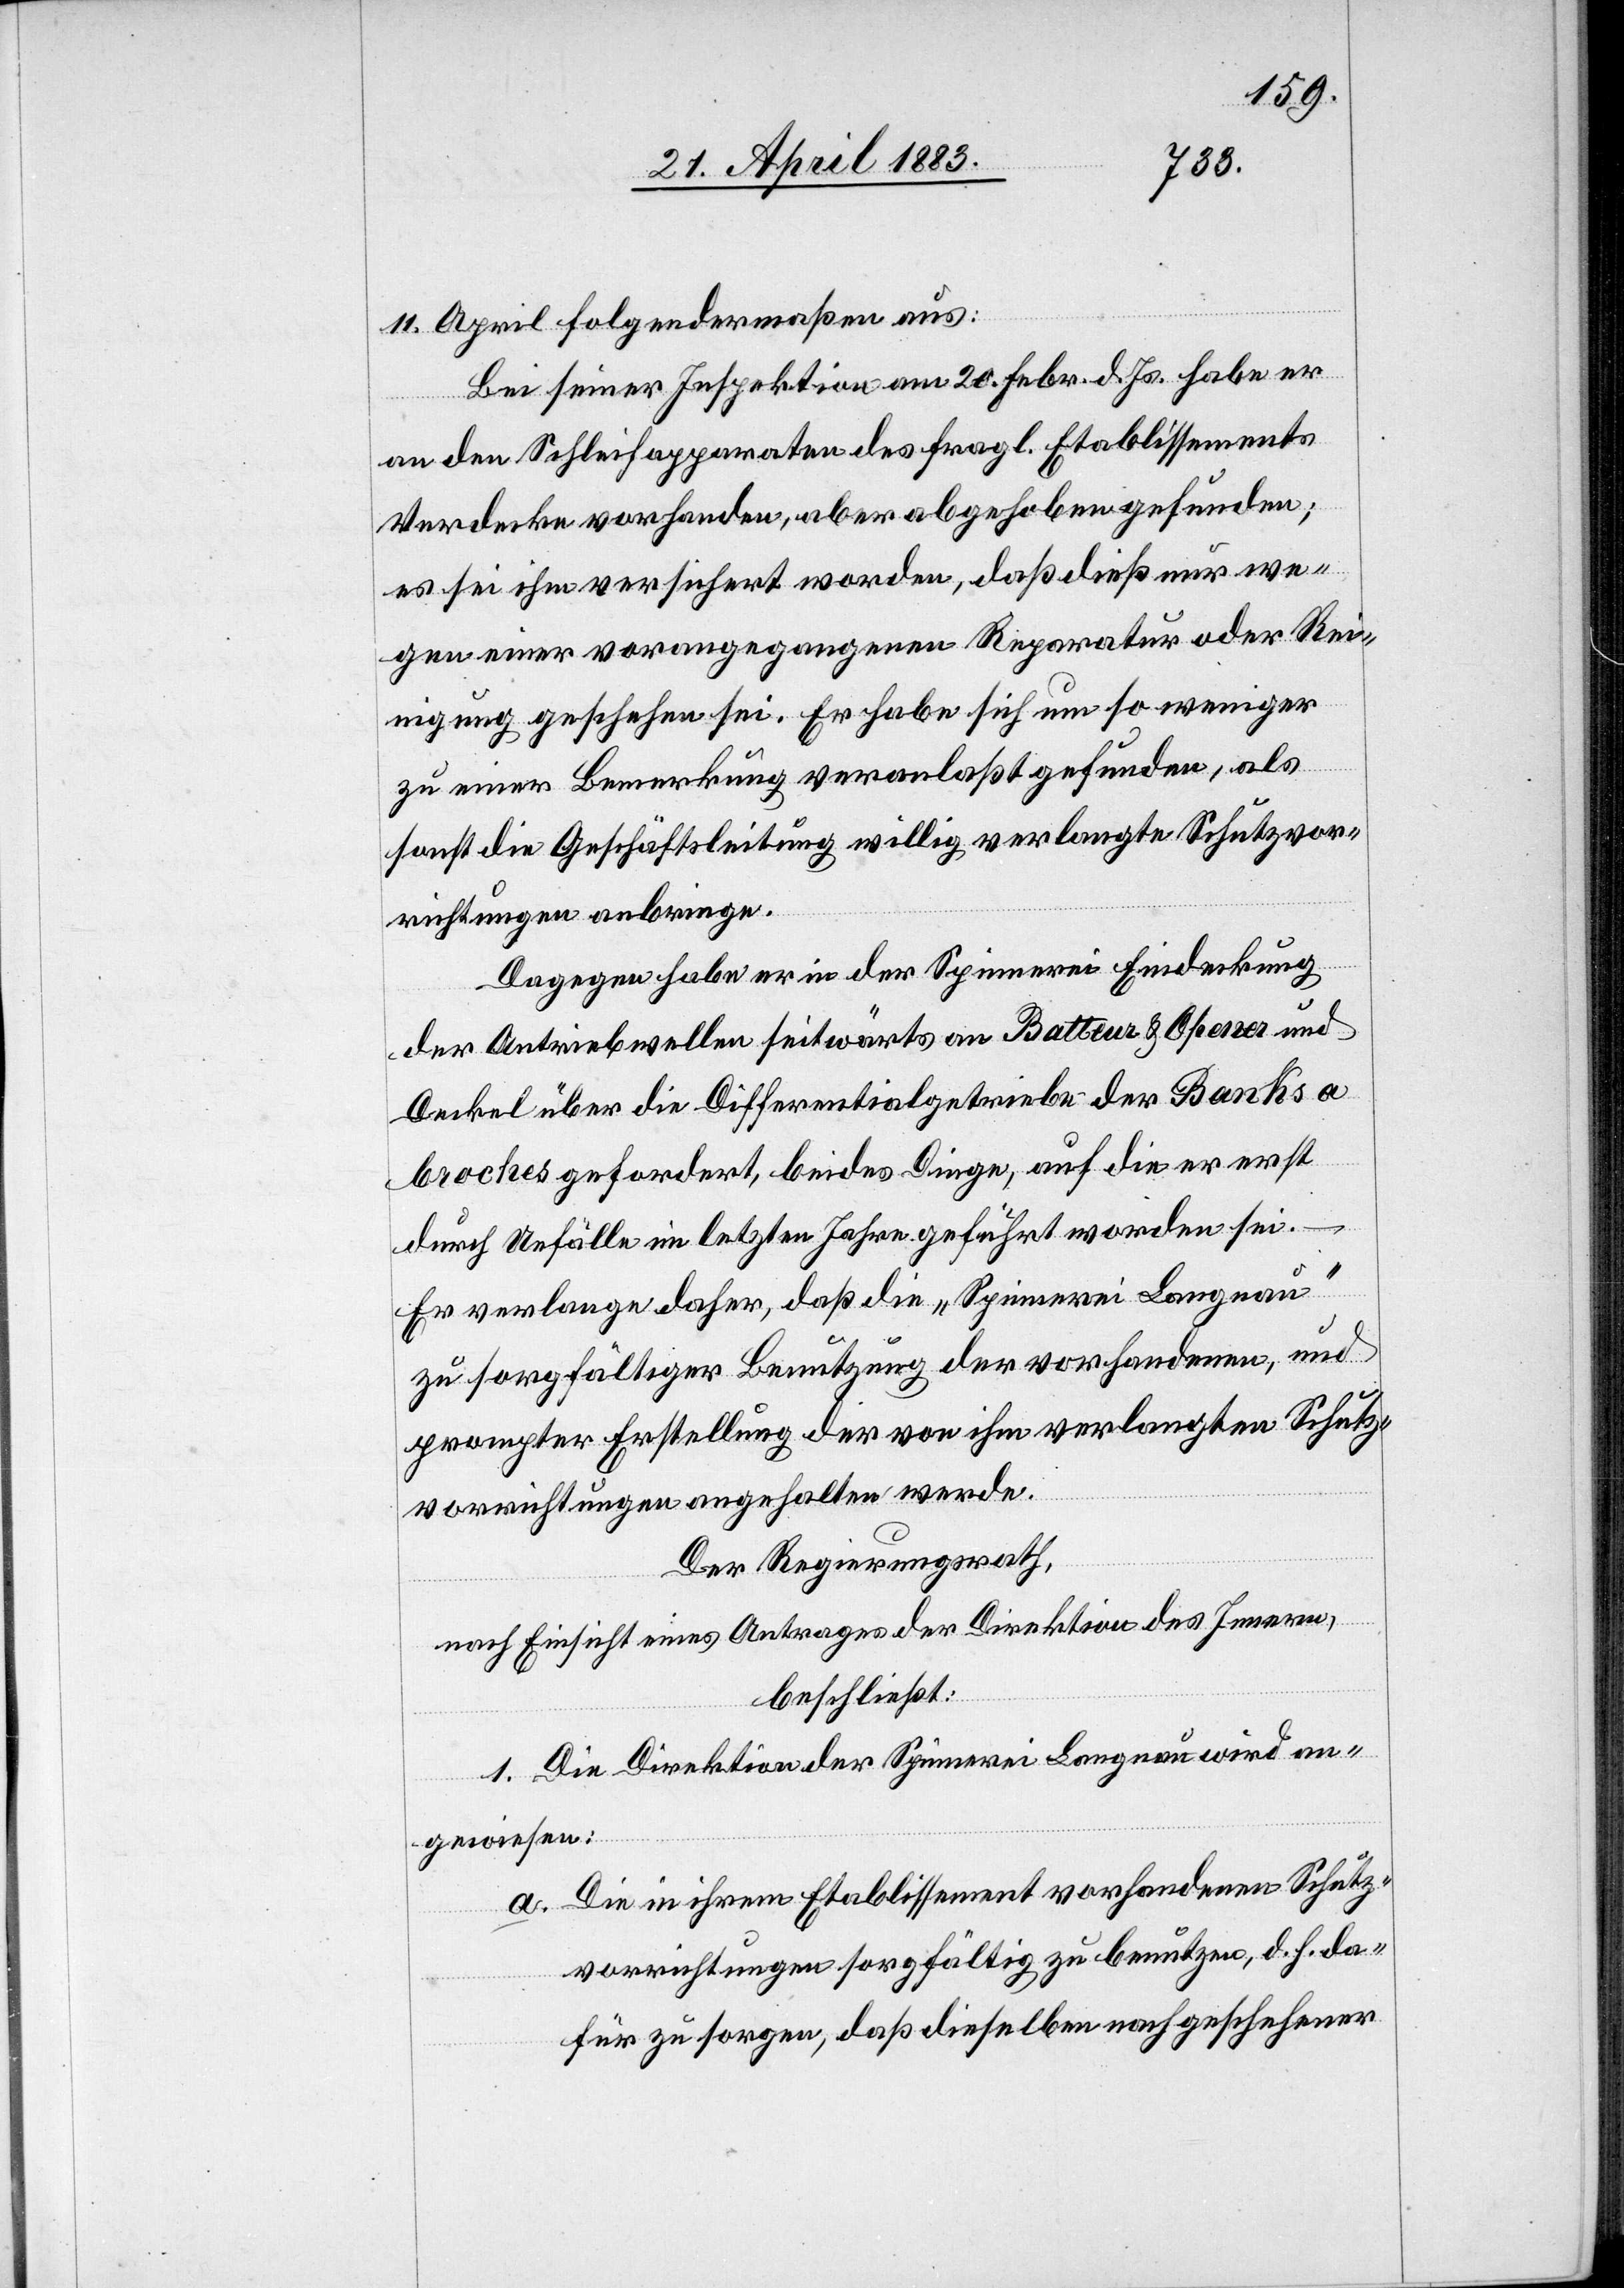
11. April folgendermaßen aus:
Bei seiner Inspektion am 20. Febr. d. Js. habe er
an den Schleifapparaten des fragl. Etablissements
Verdecken vorhanden, aber abgehoben gefunden;
es sei ihm versichert worden, daß dieß nur we¬
gen einer vorangegangenen Reparatur oder Rei¬
nigung geschehen sei. Er habe sich um so weniger
zu einer Bemerkung veranlaßt gefunden, als
sonst die Geschäftsleitung willig verlangte Schutzvor¬
richtungen anbringe.
Dagegen habe er in der Spinnerei Eindeckung
der Antriebwellen seitwärts an Batteur & Opener und
Deckel über die Differentialgetriebe der Banks a
broches gefordert, beides Dinge, auf die er erst
durch Unfälle im letzten Jahre geführt worden sei.
Er verlange daher, daß die „Spinnerei Langnau“
zu sorgfältiger Benutzung der vorhandenen, und
prompter Erstellung der von ihm verlangten Schutz¬
vorrichtungen angehalten werde.
Der Regierungsrath,
nach Einsicht eines Antrages der Direktion des Innern,
beschließt:
1. Die Direktion der Spinnerei Langnau wird an¬
gewiesen:
a. Die in ihrem Etablissement vorhandenen Schutz¬
vorrichtungen sorgfältig zu benutzen, d. h. da¬
für zu sorgen, daß dieselben nach geschehener